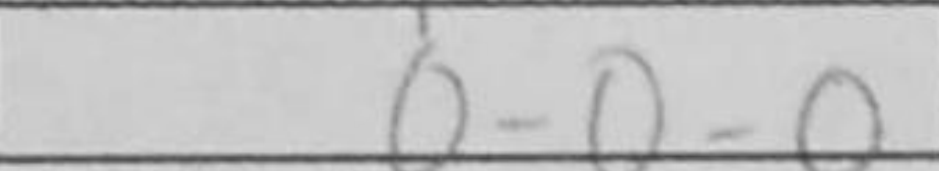
Transcription: O-O-O